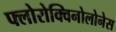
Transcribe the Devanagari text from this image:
फ्लोरोक्विनोलोनेस